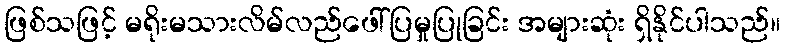
ဖြစ်သဖြင့် မရိုးမသားလိမ်လည်ဖေါ်ပြမှုပြုခြင်း အများဆုံး ရှိနိုင်ပါသည်။